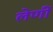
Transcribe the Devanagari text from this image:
लेणीं